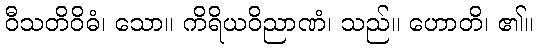
ဝီသတိဝိဓံ၊ သော။ ကိရိယဝိညာဏံ၊ သည်။ ဟောတိ၊ ၏။